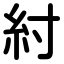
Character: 紂